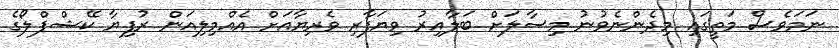
ނަމަވެސް މަތީގައި މިދެންނެވުނު މިސާލަށް ބަލާއިރު ވިޔަފާރި ވެރިޔާއަށް އެއްމިލިއަން ރުފިޔާ ކޭޝްފްލޯގެ